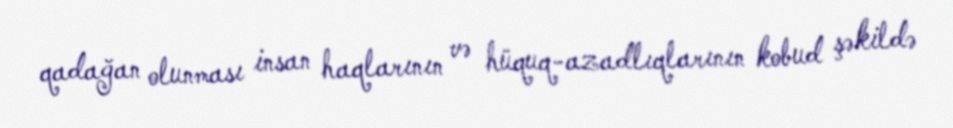
qadağan olunması insan haqlarının və hüquq-azadlıqlarının kobud şəkildə